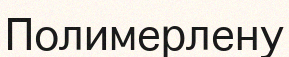
Полимерлену